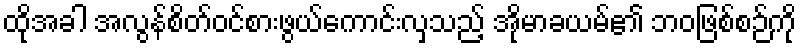
ထိုအခါ အလွန်စိတ်ဝင်စားဖွယ်ကောင်းလှသည့် အိုမာခယမ်၏ ဘဝဖြစ်စဉ်ကို